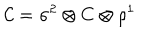
{ \cal C } = \sigma ^ { 2 } \otimes C \otimes \rho ^ { 1 }